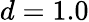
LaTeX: d=1.0